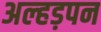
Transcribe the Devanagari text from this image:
अल्हड़पन